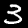
Digit: 3